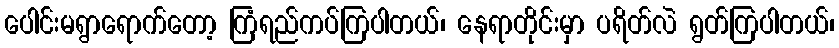
ပေါင်းမရွာရောက်တော့ ကြံရည်ကပ်ကြပါတယ်၊ နေရာတိုင်းမှာ ပရိတ်လဲ ရွတ်ကြပါတယ်၊